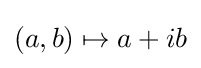
(a,b)\mapsto a+ib